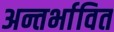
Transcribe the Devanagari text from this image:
अन्तर्भावित